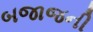
બજાજની